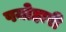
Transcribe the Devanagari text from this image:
पयोहारी